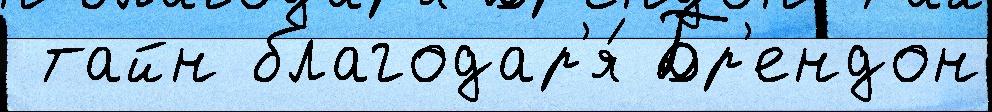
 тайн благодар'я́ Бр'ендон